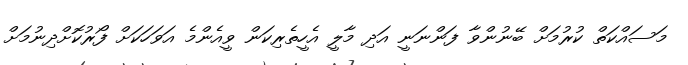
މަސައްކަތް ކުރުމަށް ބޭނުންވާ ފަންނަނީ އަދި މާލީ އެހީތެރިކަން ވީއެންމެ އަވަހަކަށް ފޯރުކޮށްދިނުމަށް